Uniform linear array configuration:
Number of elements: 64
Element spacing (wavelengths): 0.5
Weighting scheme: hann
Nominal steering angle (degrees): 30
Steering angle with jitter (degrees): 29.253
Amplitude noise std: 0.05
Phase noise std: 0.05

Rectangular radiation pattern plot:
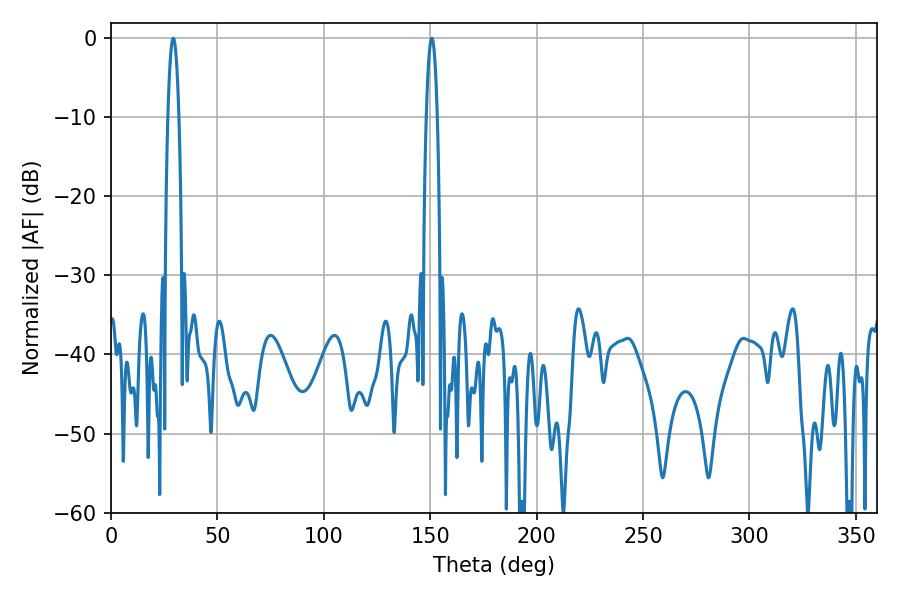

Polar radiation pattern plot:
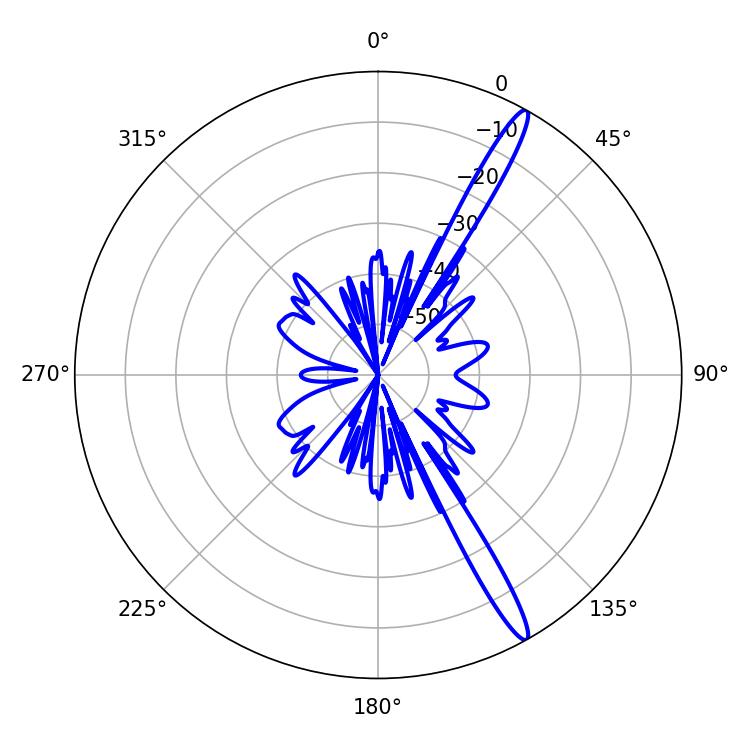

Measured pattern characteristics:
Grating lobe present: FALSE
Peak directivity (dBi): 15.749
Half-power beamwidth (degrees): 2.7
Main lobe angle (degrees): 150.66